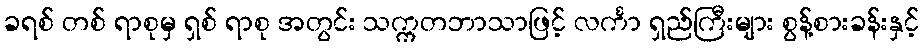
ခရစ် တစ် ရာစုမှ ရှစ် ရာစု အတွင်း သက္ကတဘာသာဖြင့် လင်္ကာ ရှည်ကြီးများ စွန့်စားခန်းနှင့်